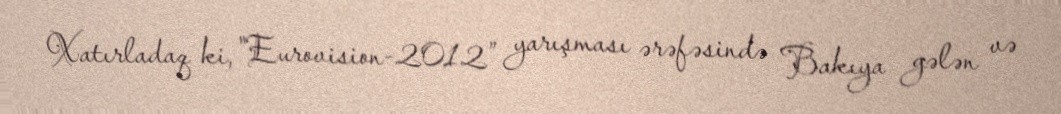
Xatırladaq ki, "Eurovision-2012” yarışması ərəfəsində Bakıya gələn və